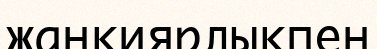
жанқиярлықпен